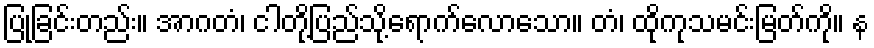
ပြုခြင်းတည်း။ အာဂတံ၊ ငါတို့ပြည်သို့ရောက်လောသော။ တံ၊ ထိုကုသမင်းမြတ်ကို။ န